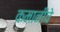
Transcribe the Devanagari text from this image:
कमानींचे